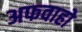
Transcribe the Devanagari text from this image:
अफवाहो